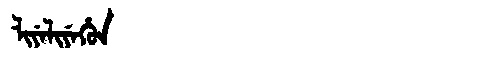
Manchu: ᠯᡳᠶᡝᠯᡳᠶᡝᡥᡠᠨ
Romanization: LIYELIYEHUN